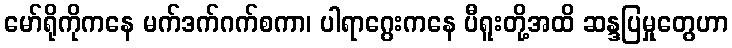
မော်ရိုကိုကနေ မက်ဒက်ဂက်စကာ၊ ပါရာဂွေးကနေ ပီရူးတို့အထိ ဆန္ဒပြမှုတွေဟာ